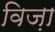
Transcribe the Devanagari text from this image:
विज़ा